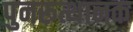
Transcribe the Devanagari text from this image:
पुनरूत्थानक